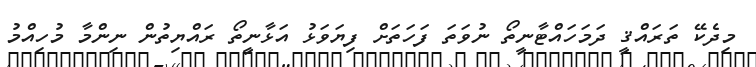
މިދެކޭ ތަރައްޤީ ދަމަހައްޓާނީތޯ ނުވަތަ ފަހަތަށް ފިޔަވަޅު އަޅާނީތޯ ރައްޔިތުން ނިންމާ މުހިއްމު